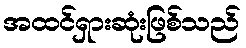
အထင်ရှားဆုံးဖြစ်သည်